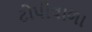
ટોપીવાળા